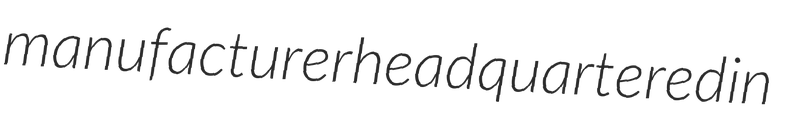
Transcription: manufacturer headquartered in